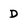
Character: D